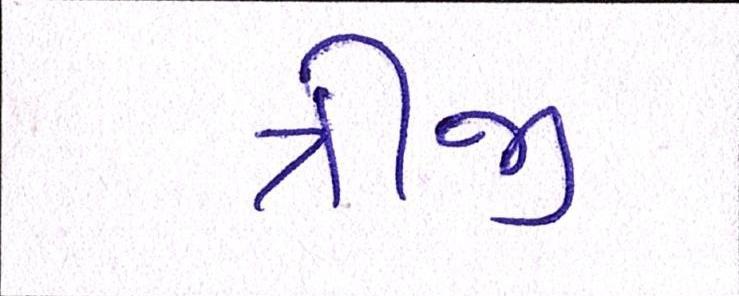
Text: ત્રીજી